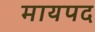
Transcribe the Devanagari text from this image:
मायपद